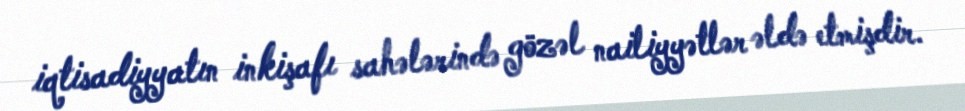
iqtisadiyyatın inkişafı sahələrində gözəl nailiyyətlər əldə etmişdir.